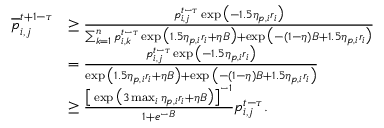
\begin{array} { r l } { \overline { { p } } _ { i , j } ^ { t + 1 - \tau } } & { \geq \frac { p _ { i , j } ^ { t - \tau } \exp \big ( - 1 . 5 \eta _ { p , i } r _ { i } \big ) } { \sum _ { k = 1 } ^ { n } p _ { i , k } ^ { t - \tau } \exp \big ( 1 . 5 \eta _ { p , i } r _ { i } + \eta B \big ) + \exp \big ( - ( 1 - \eta ) B + 1 . 5 \eta _ { p , i } r _ { i } \big ) } } \\ & { = \frac { p _ { i , j } ^ { t - \tau } \exp \big ( - 1 . 5 \eta _ { p , i } r _ { i } \big ) } { \exp \big ( 1 . 5 \eta _ { p , i } r _ { i } + \eta B \big ) + \exp \big ( - ( 1 - \eta ) B + 1 . 5 \eta _ { p , i } r _ { i } \big ) } } \\ & { \geq \frac { \big [ \exp \big ( 3 \operatorname* { m a x } _ { i } \eta _ { p , i } r _ { i } + \eta B \big ) \big ] ^ { - 1 } } { 1 + e ^ { - B } } p _ { i , j } ^ { t - \tau } . } \end{array}